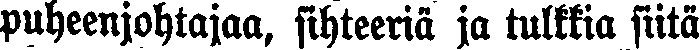
puheenjohtajaa, sihteeriä ja tulkkia siitä